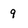
Character: 9